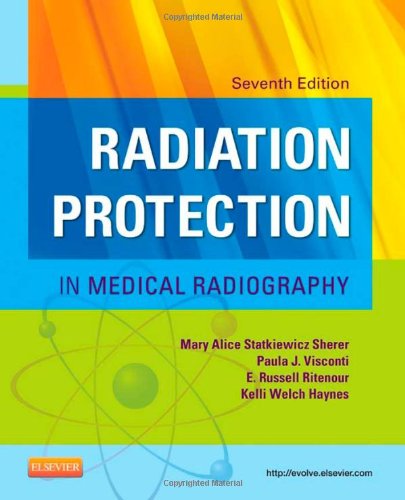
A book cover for Radiation Protection in Medical Radiography, 7e; Mary Alice Statkiewicz Sherer AS  RT(R)  FASRT; Medical Books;